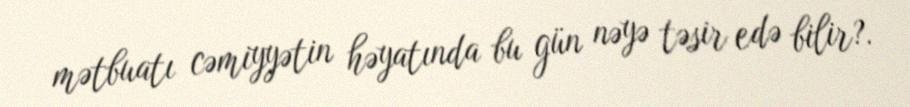
mətbuatı cəmiyyətin həyatında bu gün nəyə təsir edə bilir?.